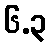
၆.၃